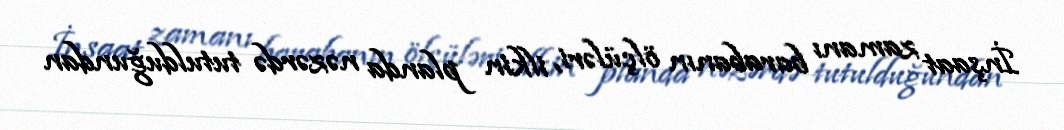
İnşaat zamanı barabanın ölçüləri, ilkin planda nəzərdə tutulduğundan